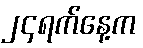
၂၄ရက်နေ့က